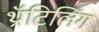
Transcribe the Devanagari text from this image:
थ्रॉटिलिंग